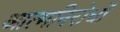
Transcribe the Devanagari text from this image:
आत्मविरोधों